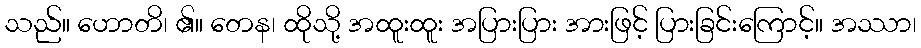
သည်။ ဟောတိ၊ ၏။ တေန၊ ထိုသို့ အထူးထူး အပြားပြား အားဖြင့် ပြားခြင်းကြောင့်။ အဿာ၊